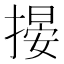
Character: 𢲋